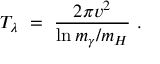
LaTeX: T _ { \lambda } \ = \ \frac { 2 \pi v ^ { 2 } } { \ln m _ { \gamma } / m _ { H } } \ .